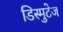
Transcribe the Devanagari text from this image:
डिस्मुटेज